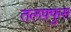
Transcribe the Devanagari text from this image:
तलफ़्फुस